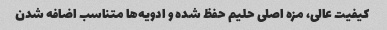
کیفیت عالی، مزه اصلی حلیم حفظ شده و ادویه‌ها متناسب اضافه شدن